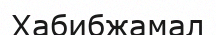
Хабибжамал